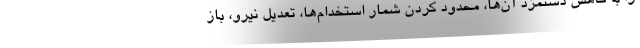
را با کاهش دستمزد آن‌ها، محدود کردن شمار استخدام‌ها، تعدیل نیرو، باز